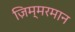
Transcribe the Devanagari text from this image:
ज़िम्मरमान